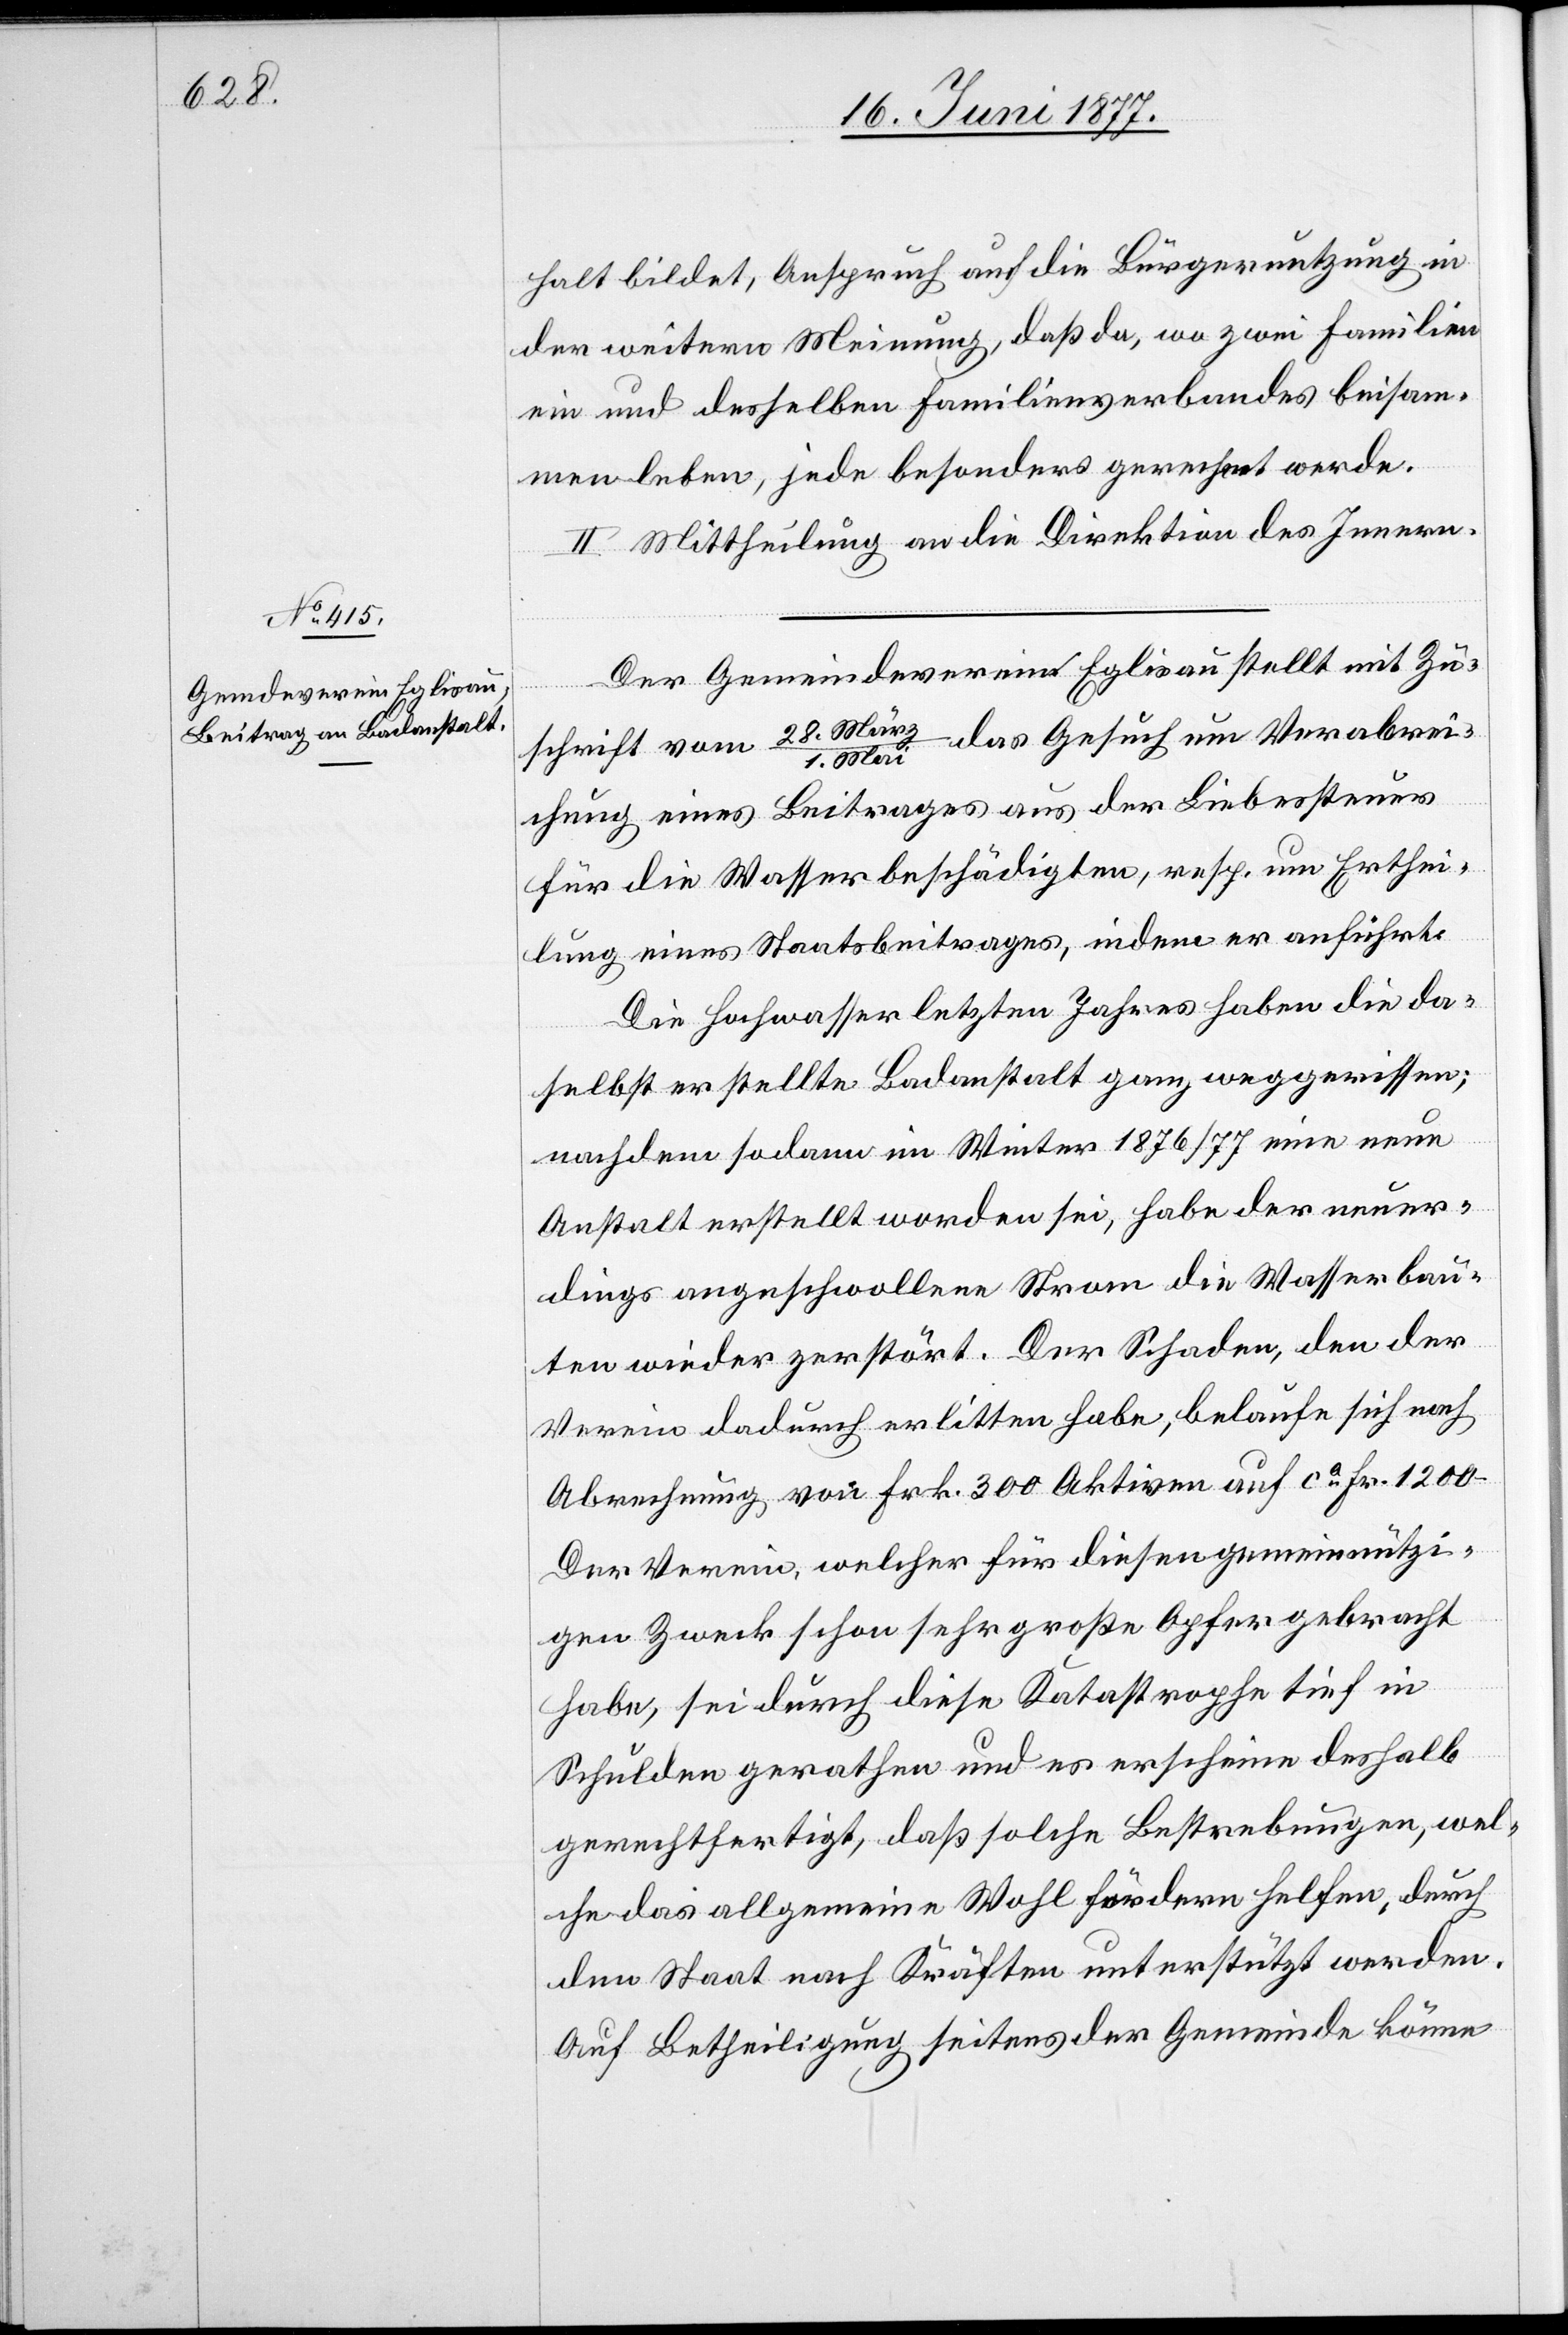
Der Gemeindeverein Eglisau stellt mit Zu¬
schrift vom 28. März/1. Mai das Gesuch um Verabrei¬
chung eines Beitrages aus der Liebessteuer
für die Wasserbeschädigten, resp. um Erthei¬
lung eines Staatsbeitrages, indem er anführt:
Die Hochwasser letzten Jahres haben die da¬
selbst erstellte Badanstalt ganz weggerissen;
nachdem sodann im Winter 1876/77 eine neue
Anstalt erstellt worden sei, habe der neuer¬
dings angeschwollene Strom die Wasserbau¬
ten wieder zerstört. Der Schaden, den der
Verein dadurch erlitten habe, belaufe sich nach
Abrechnung von Frk. 300 Aktiven auf ca Fr. 1200.
Der Verein, welcher für diesen gemeinnützi¬
gen Zweck schon sehr große Opfer gebracht
habe, sei durch diese Katastrophe tief in
Schulden gerathen und es erscheine deshalb
gerechtfertigt, daß solche Bestrebungen, wel¬
che das allgemeine Wohl fördern helfen, durch
den Staat nach Kräften unterstützt werden.
Auf Betheiligung seitens der Gemeinde könne